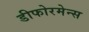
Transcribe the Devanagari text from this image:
डीफोरमेन्स